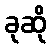
ခုဆို